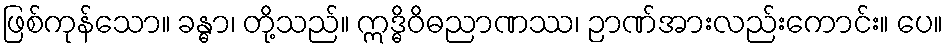
ဖြစ်ကုန်သော။ ခန္ဓာ၊ တို့သည်။ ဣဒ္ဓိဝိဓညာဏဿ၊ ဉာဏ်အားလည်းကောင်း။ ပေ။